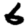
Digit: 6